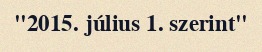
"2015. július 1. szerint"